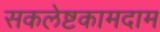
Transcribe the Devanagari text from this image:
सकलेष्टकामदाम